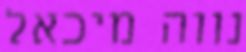
נווה מיכאל